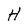
Character: H